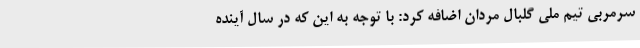
سرمربی تیم ملی گلبال مردان اضافه کرد: با توجه به این که در سال آینده